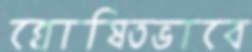
ঘোষিতভাবে